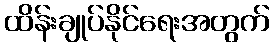
ထိန်းချုပ်နိုင်ရေးအတွက်